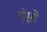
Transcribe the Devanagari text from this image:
एंसो